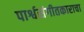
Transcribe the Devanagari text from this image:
पार्श्वसंगीतकाराचा